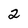
Character: 2